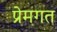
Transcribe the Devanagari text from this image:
प्रेमगत